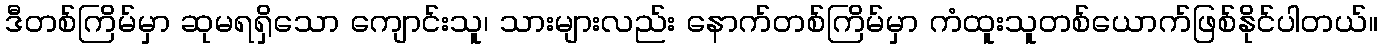
ဒီတစ်ကြိမ်မှာ ဆုမရရှိသော ကျောင်းသူ၊ သားများလည်း နောက်တစ်ကြိမ်မှာ ကံထူးသူတစ်ယောက်ဖြစ်နိုင်ပါတယ်။